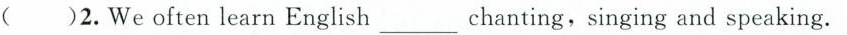
()2.We often learn English ___chanting,singing and speaking.